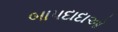
બાપદાદાઓ